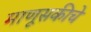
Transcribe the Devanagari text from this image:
माणूसकीचे